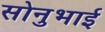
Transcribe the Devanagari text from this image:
सोनुभाई